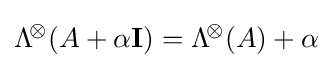
\mathrm {\Lambda } ^{\!\otimes }\!\left({A+\alpha \mathbf {I} }\right)=\mathrm {\Lambda } ^{\!\otimes }\!\left(A\right)+\alpha